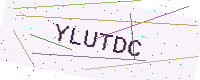
Text: YLUTDC